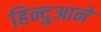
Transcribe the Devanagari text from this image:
हिन्दुआने